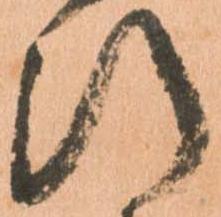
断